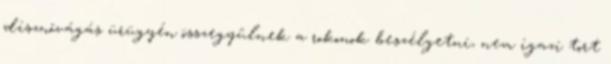
disznóvágás ürügyén összegyûlnek a rokonok beszélgetni, nem igazi tort